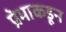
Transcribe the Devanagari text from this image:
प्रेमाकडून